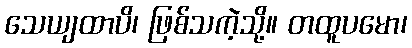
သေယျထာပိ၊ ဖြစ်သကဲ့သို့။ တထူပမော၊